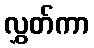
လွှတ်ကာ